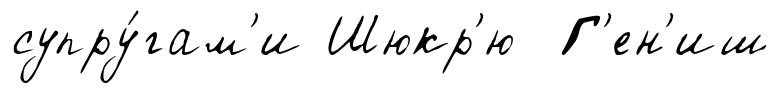
супру́гам'и Шюкр'ю Г'ен'иш